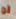
لو